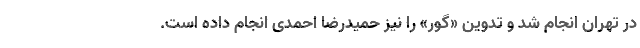
در تهران انجام شد و تدوین «گور» را نیز حمیدرضا احمدی انجام داده است.